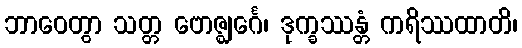
ဘာဝေတွာ သတ္တ ဗောဇ္ဈင်္ဂေ၊ ဒုက္ခဿန္တံ ကရိဿထာတိ၊